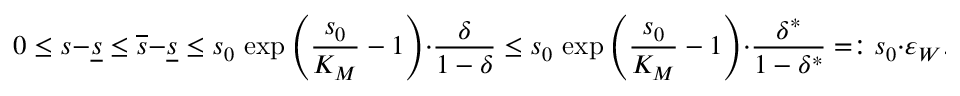
0 \leq s - \underline { { s } } \leq \overline { { s } } - \underline { { s } } \leq s _ { 0 } \, \exp \left( \frac { s _ { 0 } } { K _ { M } } - 1 \right) \cdot \frac { \delta } { 1 - \delta } \leq s _ { 0 } \, \exp \left( \frac { s _ { 0 } } { K _ { M } } - 1 \right) \cdot \frac { \delta ^ { * } } { 1 - \delta ^ { * } } = : s _ { 0 } \cdot \varepsilon _ { W } .